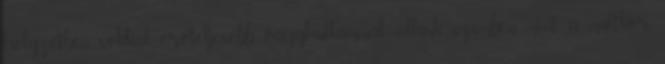
helyzetben sokkal erőteljesebb vágyhullámmal állunk szemben, mint a múltkor.